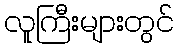
လူကြီးများတွင်